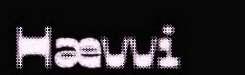
Hævvi